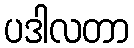
ပဒါလတာ